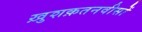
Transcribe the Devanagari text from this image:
ख़ुशक़तनवीसों